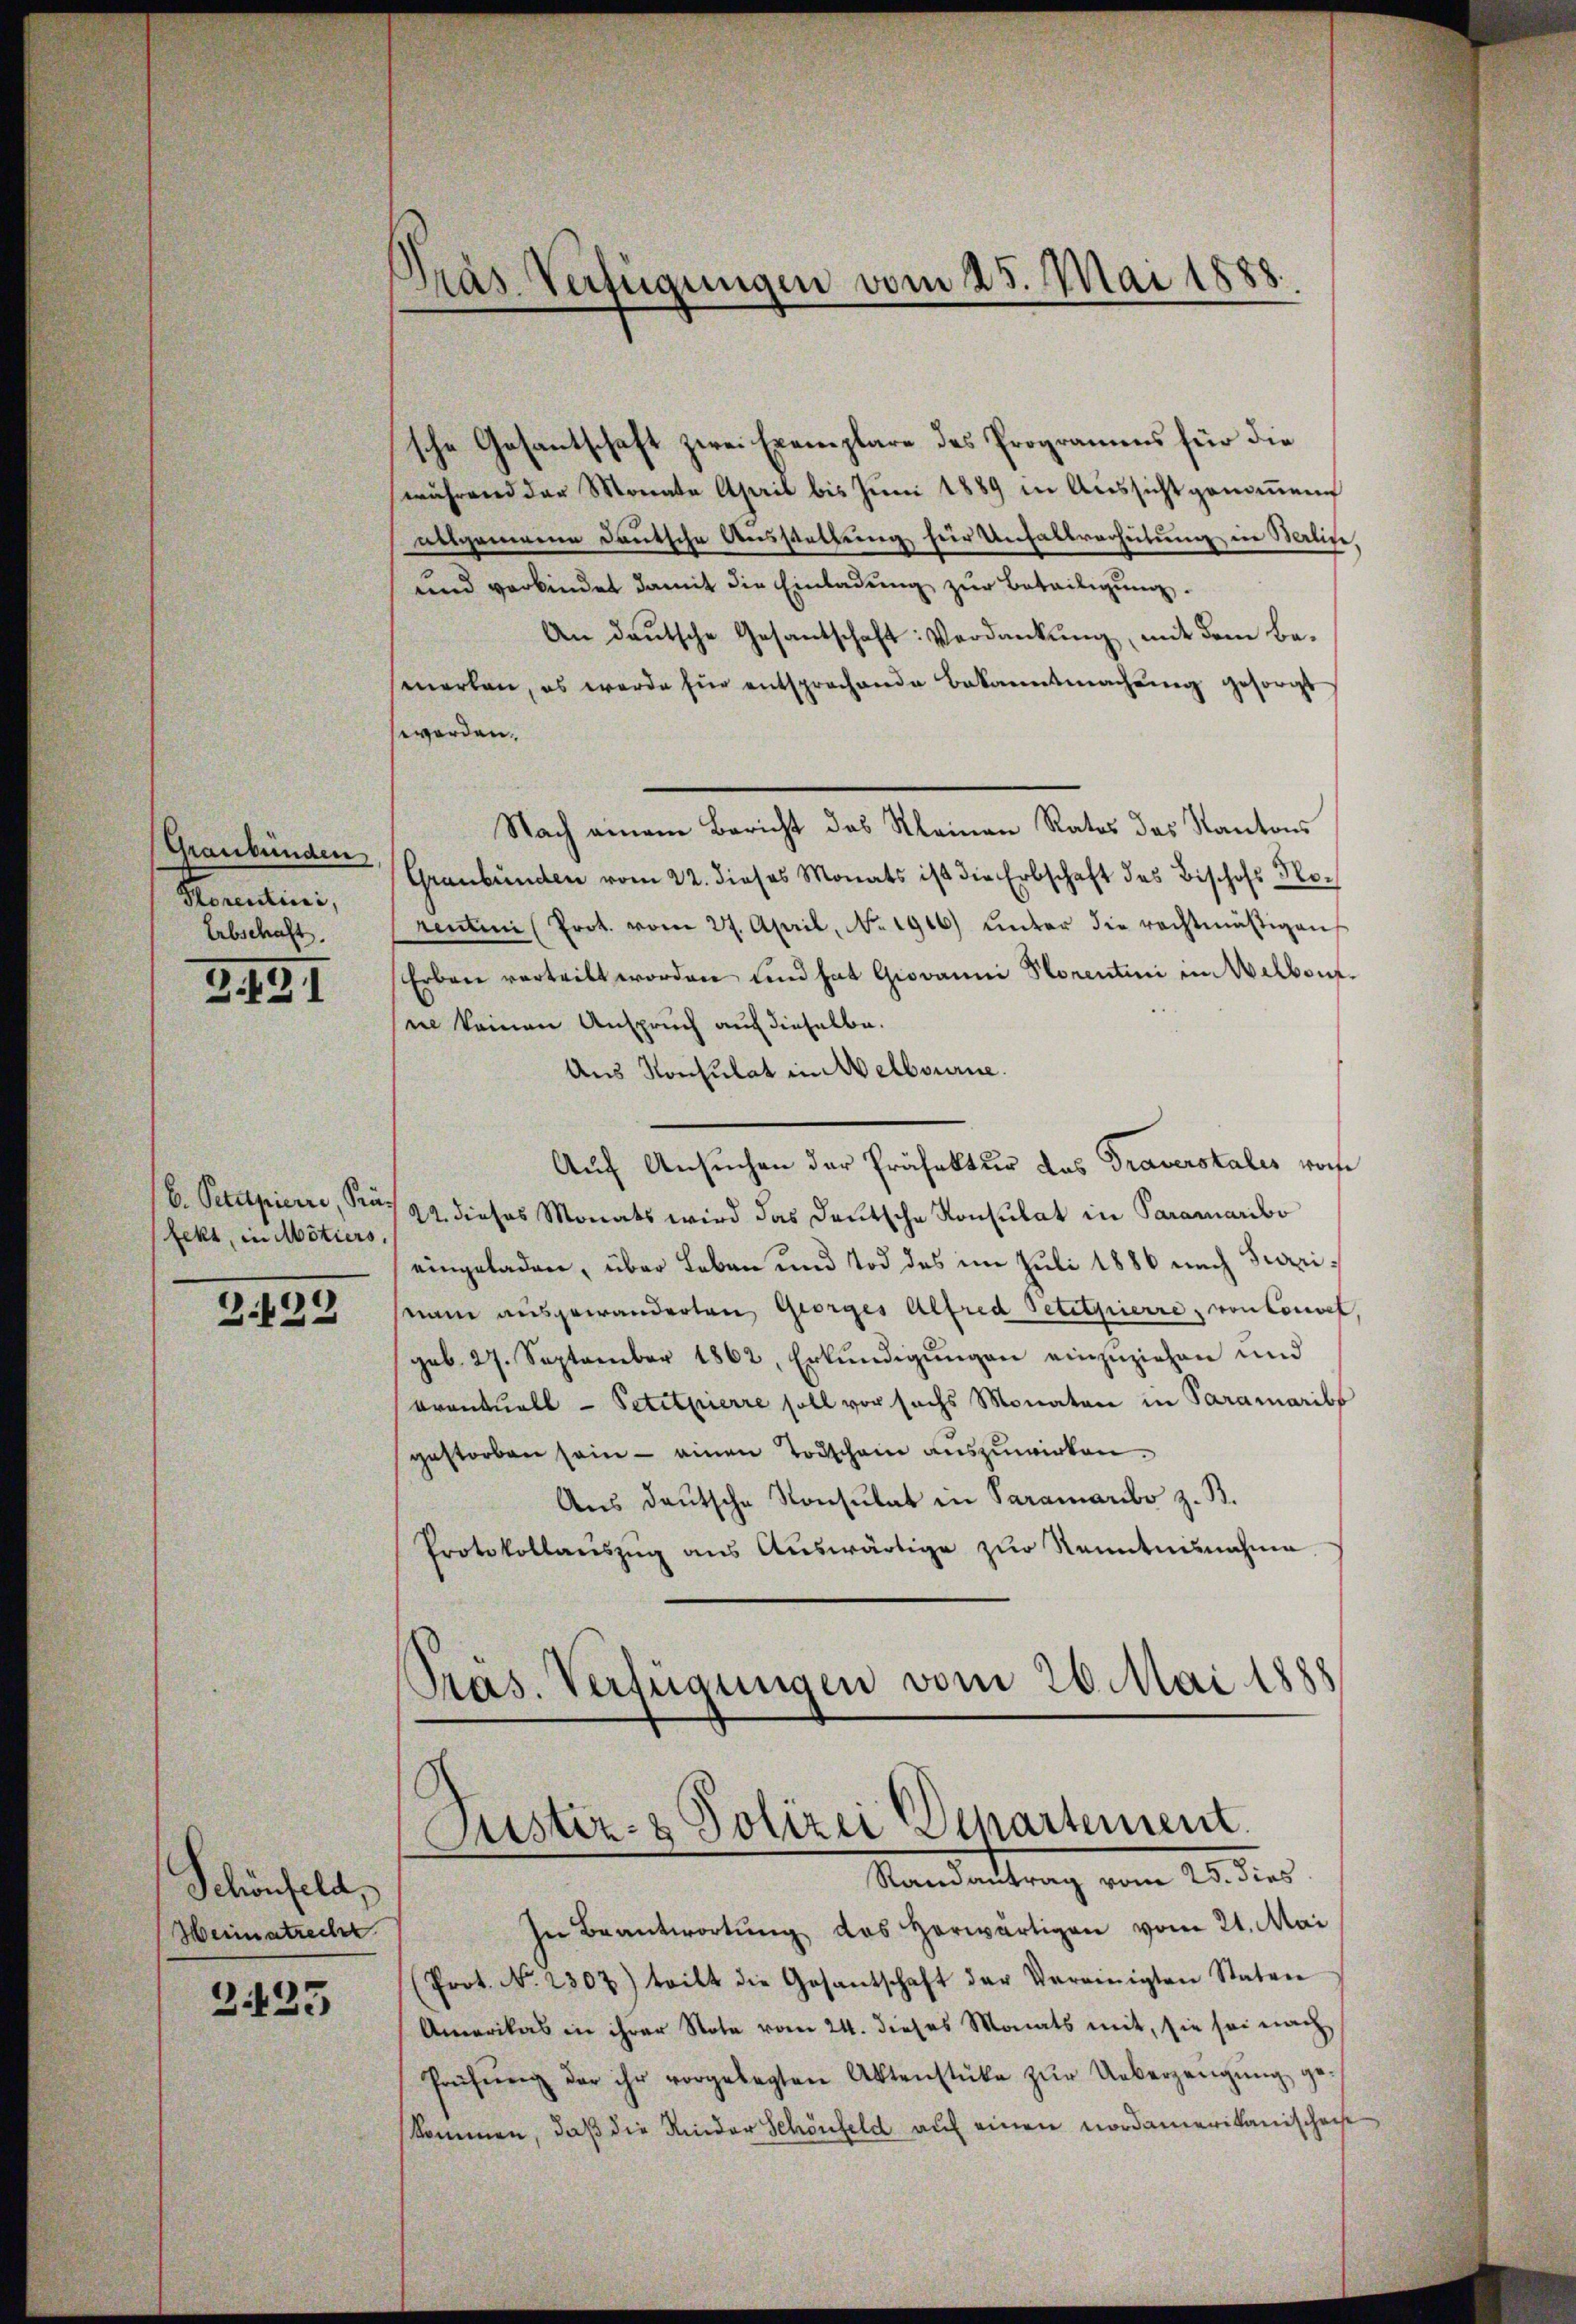
Graubünden
Storentini,
Erbschaft.

3.431

fekt, in Motiers.

3.422

Schönfeld,
Heimatreche

3.133

Pras Verfügungen vom 25. Mai 1888.

sche Gesantschaft zwei Exemplare des Programms für die
(während der Monate April bis Juni 1889 in Aussicht genommene
allgemeine Deutsche Ausstellung für Unfallverhütung in Berline,
und verbindet damit die Einladung zur Beteiligung.
An deutsche Gesantschaft: Verdankŭng, mit dem Be-
merken, es werde für entsprochende Bekanntmachŭng gesorgt
worden.
Nach einem Bericht des Kleinen Rates des Kantons
Graubünden vom 22. dieses Monats ist die Erbschaft des Bischofs Norentini (Prot. vom 27. April, No. 1916) unter die rechtmäßigen
Erben verteilt worden und hat Giovanni Storentini im Weltaufi keinen Anspruch auf dieselbe.
Aus Konsulat in Melbourne
Auf Ansuchen der Präfektur das Traverstales woche
b. Petupierre, Præs 22. dieses Monats wird das deutsche Konsulat in Paramaribo
eingeladen, über Leben und Tod des im Juli 1886 nach Serinam ausgewanderten Georges Alfred Petityrierre, von Couvel
geb. 27. September 1862, Erkŭndigŭngen einzuziehen und
Brantuall - Petitpierre soll vor sechs Monaten in Paramaribs
gestorben sein - einen Todschein auszuwirken.
Aus deutsche Konsulat in Paramanibo z. B.
Protokollaŭszŭg aŭs Aŭswärtige zŭr Kenntnisnahme,
Präs. Verfügungen vom 20. Mai 1888

Justiz- & Polizei Departement.
Randantrag vom 25. dies

In Beantwortung das herwärtigen vom 21. Mai
(Prot. N. 2307) teilt die Gesantschaft der Vereinigten Staten
Amerikas in ihrer Note vom 24. dieses Monats mit, sie sei nach
Prüfŭng der ihr vorgelegten Aktenstüke zŭr Ueberzeŭgŭng ge-
kommen, daß die Kinder Schönfeld auf einen Nordamerikanischei